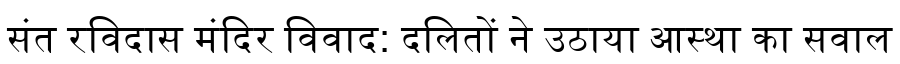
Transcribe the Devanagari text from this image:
संत रविदास मंदिर विवाद: दलितों ने उठाया आस्था का सवाल